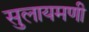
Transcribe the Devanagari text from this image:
सुलायमणी